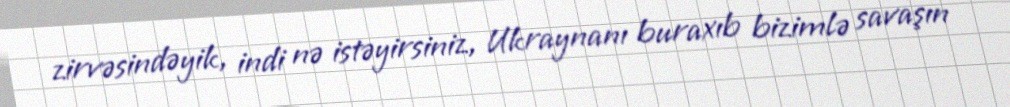
zirvəsindəyik, indi nə istəyirsiniz, Ukraynanı buraxıb bizimlə savaşın